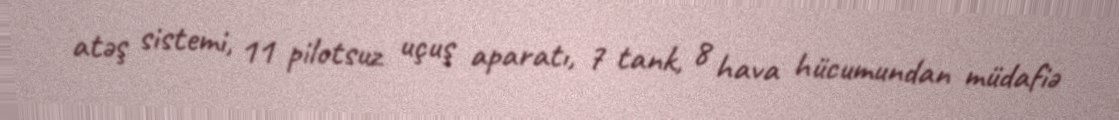
atəş sistemi, 11 pilotsuz uçuş aparatı, 7 tank, 8 hava hücumundan müdafiə